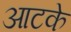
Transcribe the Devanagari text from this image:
आटके